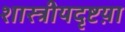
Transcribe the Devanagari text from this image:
शास्त्रीयदृष्टय़ा